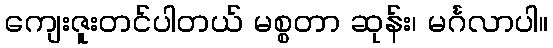
ကျေးဇူးတင်ပါတယ် မစ္စတာ ဆုန်း၊ မင်္ဂလာပါ။